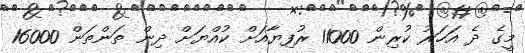
މީގެ ދެ އަހަރު ކުރިން 11000 ރުފިޔާއަށް ކުއްޔަށް ދިން ތަންތަން 16000